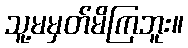
သူ့မမှတ်မိကြဘူး။